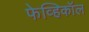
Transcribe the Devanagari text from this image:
फेव्हिकॉल